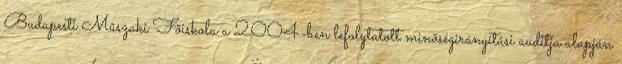
Budapesti Mûszaki Fõiskola a 2004-ben lefolytatott minõségirányítási auditja alapján